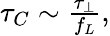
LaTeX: \begin{array}{r}{\tau_{C}\sim\frac{\tau_{\perp}}{f_{L}},}\end{array}